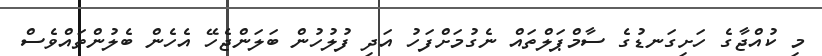
މި ކުއްޖާގެ ހަށިގަނޑުގެ ސާމްޕަލްތައް ނެގުމަށްފަހު އަދި ފުލުހުން ބަލަންޖެހޭ އެހެން ބެލުންތައްވެސް